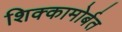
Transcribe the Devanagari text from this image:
शिक्कामोर्बत